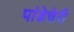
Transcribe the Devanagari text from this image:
पांडेचेरी